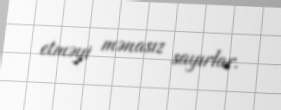
etməyi mənasız sayırlar.